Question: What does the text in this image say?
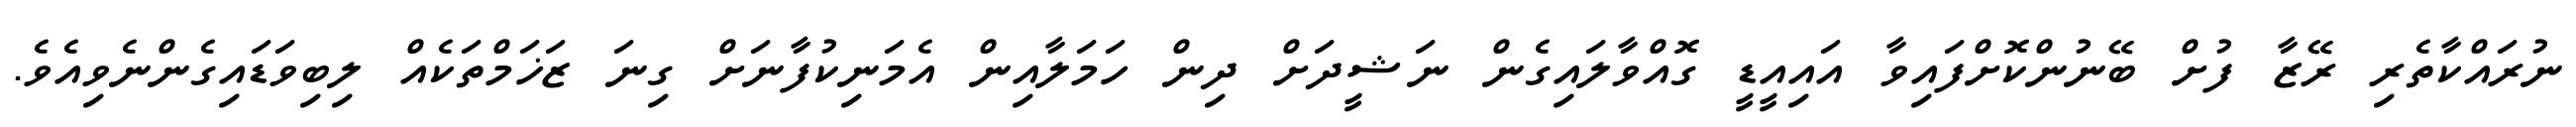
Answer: ނުރައްކާތެރި ރޭޒާ ފުށް ބޭނުންކޮށްފައިވާ އައިއީޑީ ގޮއްވާލައިގެން ނަޝީދަށް ދިން ހަމަލާއިން އެމަނިކުފާނަށް ގިނަ ޒަޚަމްތަކެއް ލިބިވަޑައިގެންނެވިއެވެ.